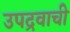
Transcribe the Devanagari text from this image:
उपद्रवाची